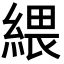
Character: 䋿